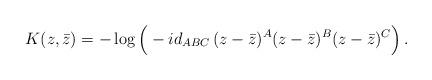
LaTeX: \begin{align*}K(z,\bar z)=-\log \Big(- id_{ABC}\,(z-\bar z)^A(z-\bar z)^B(z-\bar z)^C \Big) \, .\end{align*}